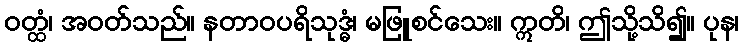
ဝတ္ထံ၊ အဝတ်သည်။ နတာဝပရိသုဒ္ဓံ၊ မဖြူစင်သေး။ ဣတိ၊ ဤသို့သိ၍။ ပုန၊